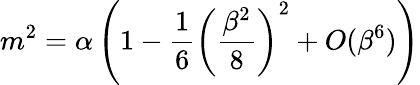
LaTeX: m^{2}=\alpha\left(1-\frac{1}{6}\left(\frac{\beta^{2}}{8}\right)^{2}+O(\beta^{6})\right)